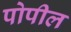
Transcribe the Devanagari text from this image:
पोपील